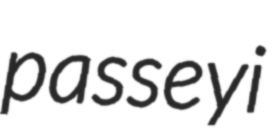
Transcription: passeyi